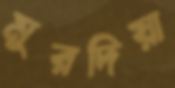
মুরদিয়া